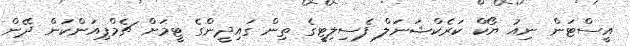
އީސްޓަން ނިއު ޔޯކް ކަރެކްޝަނަލް ފެސިލިޓީގެ ތިން ގައިދީންގެ ޓީމަށް ޗެމްޕިއަންކަން ދޭން